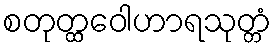
စတုတ္ထဝေါဟာရသုတ္တံ